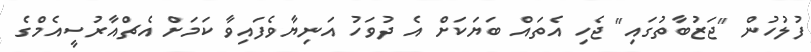
ފުލުހުން "ޖަޒުބާތުގައި" ޖެހި އެތައް ބަޔަކަށް އެ ދުވަހު އަނިޔާވެފައިވާ ކަމަށް އެޗްއާރުސީއެމްގެ